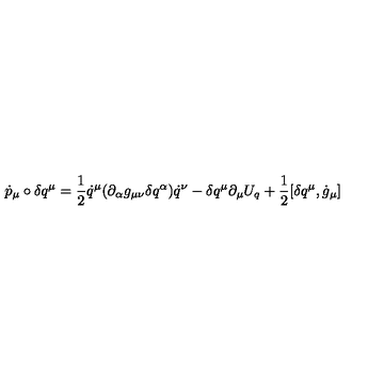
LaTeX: \dot { p } _ { \mu } \circ \delta q ^ { \mu } = \frac { 1 } { 2 } \dot { q } ^ { \mu } ( \partial _ { \alpha } g _ { \mu \nu } \delta q ^ { \alpha } ) \dot { q } ^ { \nu } - \delta q ^ { \mu } \partial _ { \mu } U _ { q } + \frac { 1 } { 2 } [ \delta q ^ { \mu } , \dot { g } _ { \mu } ]